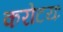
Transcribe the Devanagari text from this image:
करोटयः